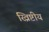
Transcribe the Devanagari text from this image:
ख्रिष्टीय